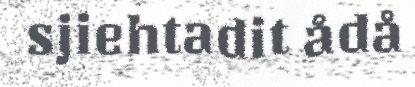
sjiehtadit ådå